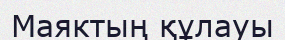
Маяктың құлауы